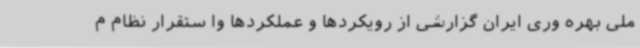
ملی بهره وری ایران گزارشی از رویکردها و عملکردها وا ستقرار نظام م